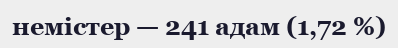
немістер — 241 адам (1,72 %)